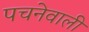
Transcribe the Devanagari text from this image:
पचनेवाली